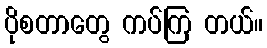
ပိုစတာတွေ ကပ်ကြ တယ်။